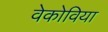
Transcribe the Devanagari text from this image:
वेकोविया